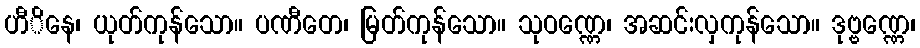
ဟီိနေ၊ ယုတ်ကုန်သော။ ပဏီတေ၊ မြတ်ကုန်သော။ သုဝဏ္ဏေ၊ အဆင်းလှကုန်သော။ ဒုဗ္ဗဏ္ဏေ၊